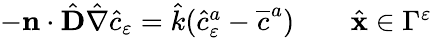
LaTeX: \begin{array}{r}{-\mathbf n\cdot{\hat{\textbf{D}}}{\hat{\nabla}}{\hat{c}}_{\varepsilon}={\hat{k}}({\hat{c}}_{\varepsilon}^{a}-\overline{{c}}^{a})\qquad\hat{\mathbf x}\in{\Gamma}^{\varepsilon}}\end{array}